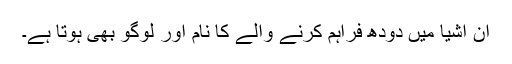
ان اشیا میں دودھ فراہم کرنے والے کا نام اور لوگو بھی ہوتا ہے۔